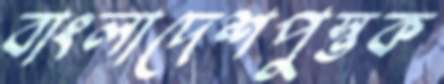
বাংলাদেশপুস্তক